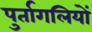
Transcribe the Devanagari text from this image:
पुर्तागलियों